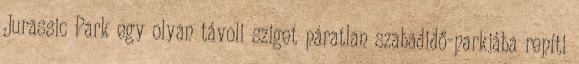
Jurassic Park egy olyan távoli sziget páratlan szabadidő-parkjába repíti